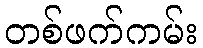
တစ်ဖက်ကမ်း